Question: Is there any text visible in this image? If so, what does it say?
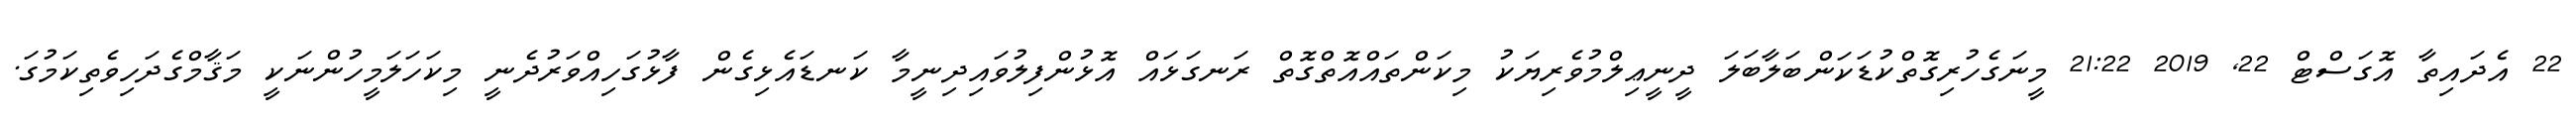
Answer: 22 އެދައިތާ އޮގަސްޓް 22, 2019 21:22 މީނަގެހުރިގޮތްކުޑަކަންބަލާބަލަ ދީނީޢިލްމުވެރިޔަކު މިކަންތައްއޮތްގޮތް ރަނގަޅައް އޮޅުންފިލުވައިދިނީމާ ކަނޑައެޅިގެން ފާޅުގަހިއްވަރުދެނީ މިކަހަލަމީހުންނަކީ މަޤާމްގެދަހިވެތިކަމުގަ.